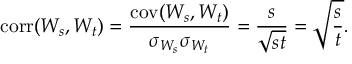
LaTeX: \operatorname { c o r r } ( W _ { s } , W _ { t } ) = { \frac { \operatorname { c o v } ( W _ { s } , W _ { t } ) } { \sigma _ { W _ { s } } \sigma _ { W _ { t } } } } = { \frac { s } { \sqrt { s t } } } = { \sqrt { \frac { s } { t } } } .